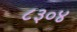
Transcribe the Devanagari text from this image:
८३०४